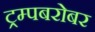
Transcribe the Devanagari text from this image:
ट्रम्पबरोबर